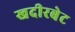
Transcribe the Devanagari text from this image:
खदीरबेट